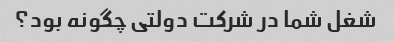
شغل شما در شرکت دولتی چگونه بود؟